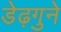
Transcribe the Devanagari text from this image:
डेढ़गुने